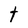
Character: t